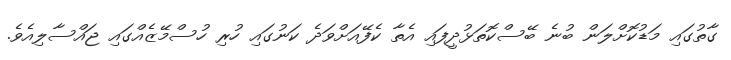
ގާތުގައި މަޑުކޮށްލަން ބުނެ ބޭސްކޮތަޅުދީފައި އެތާ ކެފޭއަށްވަދެ ކަނުގައި ހުރި ހުސްމޭޒެއްގައި ޖައްސާލިއެވެ.